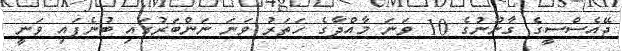
ޖޭއެސްސީގެ ގާނޫނުގެ 10 ވަނަ މާއްދާގެ ހަތަރު ވަނަ ނަންބަރުގައި ބުނެފައި ވަނީ